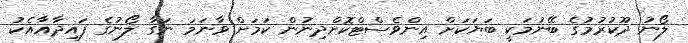
ލޯނު ދޫކުރުމުގެ ބޭނުމަކީ ބަޔަކަށް އިންވެސްޓްކޮށްދިނުން ކަމަށް ވާނަމަ ނަގާ ލޯނުގެ ފައިދާއާއެކު